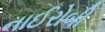
નાઈરોબી